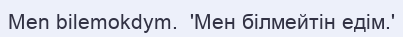
Men bilemokdym.  'Мен білмейтін едім.'